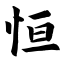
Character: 恒